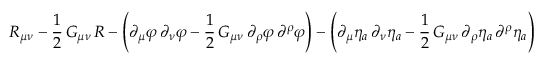
R _ { \mu \nu } - \frac { 1 } { 2 } \, G _ { \mu \nu } \, { \cal R } - \left( \partial _ { \mu } \varphi \, \partial _ { \nu } \varphi - \frac { 1 } { 2 } \, G _ { \mu \nu } \, \partial _ { \rho } \varphi \, \partial ^ { \rho } \varphi \right) - \left( \partial _ { \mu } \eta _ { a } \, \partial _ { \nu } \eta _ { a } - \frac { 1 } { 2 } \, G _ { \mu \nu } \, \partial _ { \rho } \eta _ { a } \, \partial ^ { \rho } \eta _ { a } \right)